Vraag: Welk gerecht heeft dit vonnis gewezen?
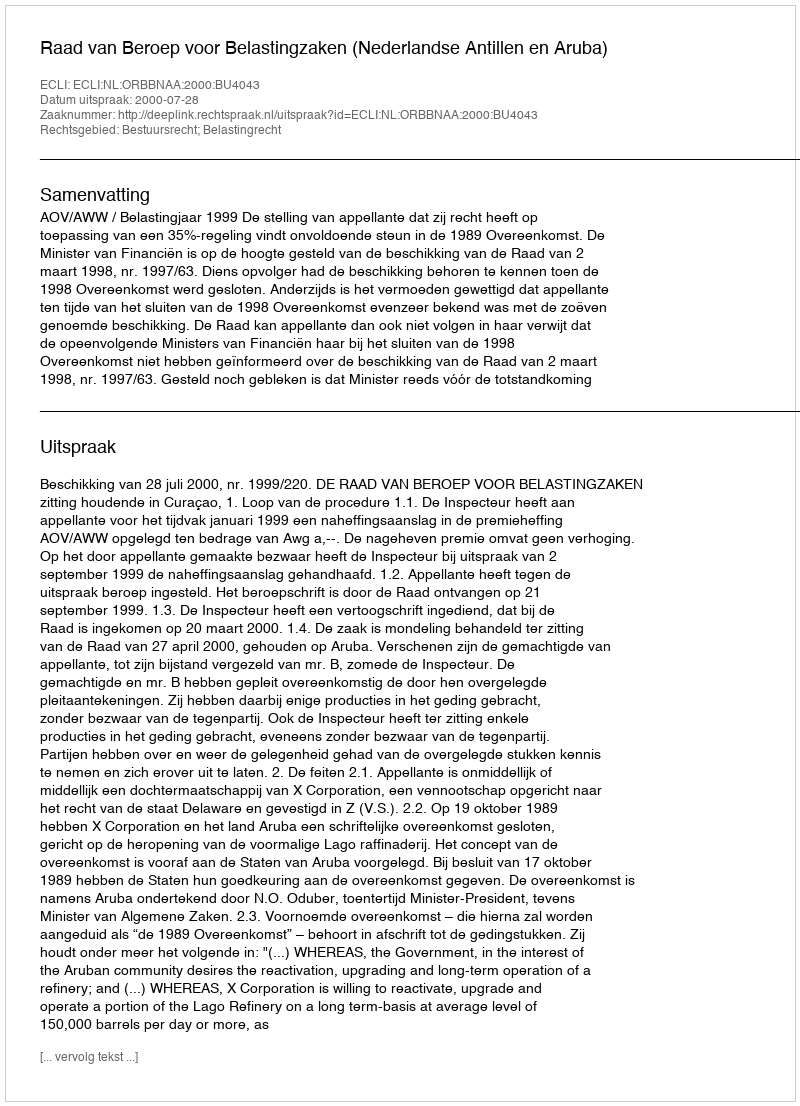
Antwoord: Raad van Beroep voor Belastingzaken (Nederlandse Antillen en Aruba)